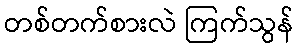
တစ်တက်စားလဲ ကြက်သွန်